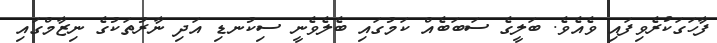
ފާހަގަކުރެވިފައި ވެއެވެ. ބަލީގެ ސަަބަބެއް ކަމުގައި ބެލެވެނީ ސިކުނޑި އަދި ނާރުތަކުގެ ނިޒާމްގައި